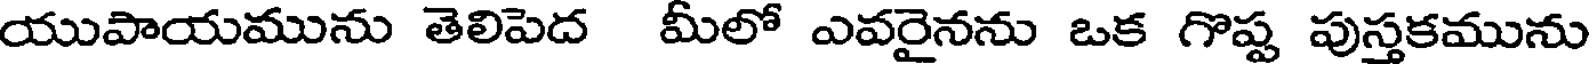
యుపాయమును తెలిపెద మీలో ఎవరైనను ఒక గొష్ట పుస్తకమును